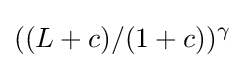
((L+c)/(1+c))^{\gamma }